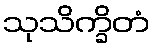
သုသိက္ခိတံ